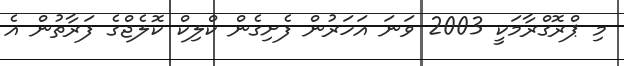
މި ޕްރޮގްރާމަކީ 2003 ވަނަ އަހަރުން ފެށިގެން ކްލިކް ކޮލެޖްގެ ފަރާތުން އެ